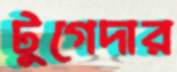
টুগেদার